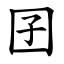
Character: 囝